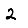
Digit: 2